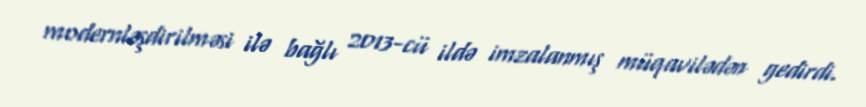
modernləşdirilməsi ilə bağlı 2013-cü ildə imzalanmış müqavilədən gedirdi.